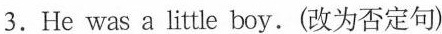
3.He was a little boy.(改为否定句)